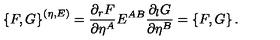
\left\{ F , G \right\} ^ { ( \eta , E ) } = \frac { \partial _ { r } F } { \partial \eta ^ { A } } E ^ { A B } \frac { \partial _ { l } G } { \partial \eta ^ { B } } = \left\{ F , G \right\} .